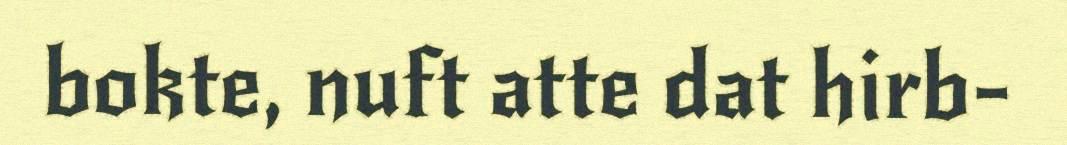
bokte, nuft atte dat hirb-